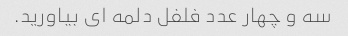
سه و چهار عدد فلفل دلمه ای بیاورید.